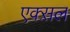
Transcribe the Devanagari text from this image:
एक्स़ल